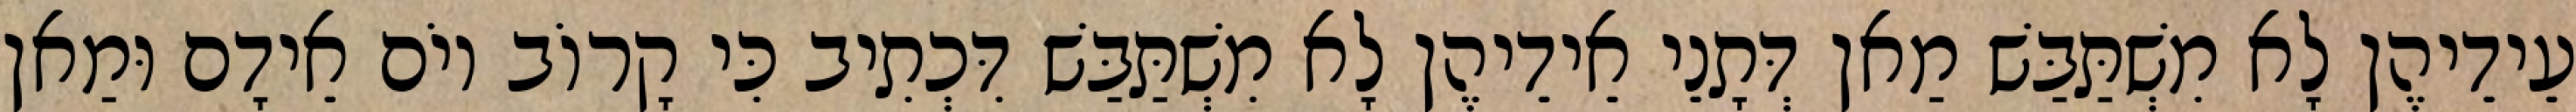
עֵידֵיהֶן לָא מִשְׁתַּבַּשׁ מַאן דְּתָנֵי אֵידֵיהֶן לָא מִשְׁתַּבַּשׁ דִּכְתִיב כִּי קָרוֹב יוֹם אֵידָם וּמַאן